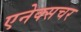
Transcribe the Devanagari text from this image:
एनेक्सचर